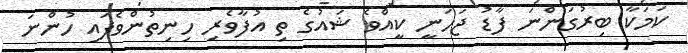
ކަމަކާ ބިރުގަންނަ ފާޑު ޖަހަނީ ކީއްވެ ޝައުގެ ތި އުފާވެރި ހިނިތުންވެފައި ހުންނަ